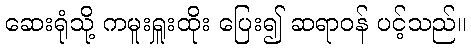
ဆေးရုံသို့ ကမူးရှူးထိုး ပြေး၍ ဆရာဝန် ပင့်သည်။